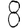
Digit: 8